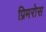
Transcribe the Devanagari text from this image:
प्रिमरोस